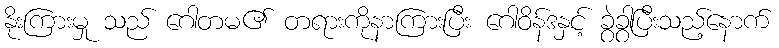
နိုးကြားမှု သည် ဂေါတမ၏ တရားကိုနာကြားပြီး ဂေါဝိန်ဒနှင့် ခွဲခွာပြီးသည့်နောက်